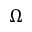
\Omega